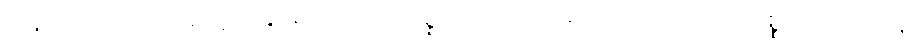
န နဟာယေယျ (ဆဋ္ဌ) မချိုးရာ။ ယထာပစ္စယံ ဝါ၊ အလိုရှိတိုင်းသော ရေကိစ္စကိုလည်း။ န